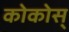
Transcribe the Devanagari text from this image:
कोकोस्